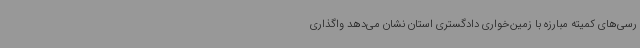
رسی‌های کمیته مبارزه با زمین‌خواری دادگستری استان نشان می‌دهد واگذاری